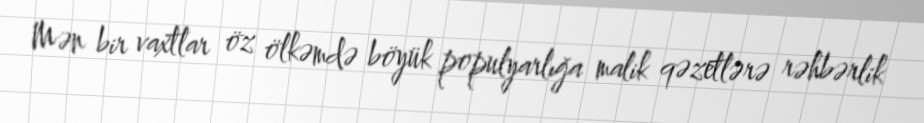
Mən bir vaxtlar öz ölkəmdə böyük populyarlığa malik qəzetlərə rəhbərlik